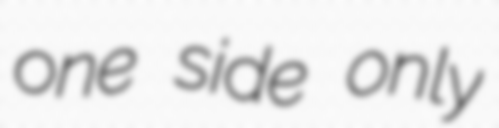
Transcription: one side only